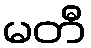
မတီ